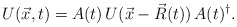
\begin{align*}U(\vec x,t) = A(t)\, U(\vec x - \vec R(t)) \,A(t)^\dagger.\end{align*}